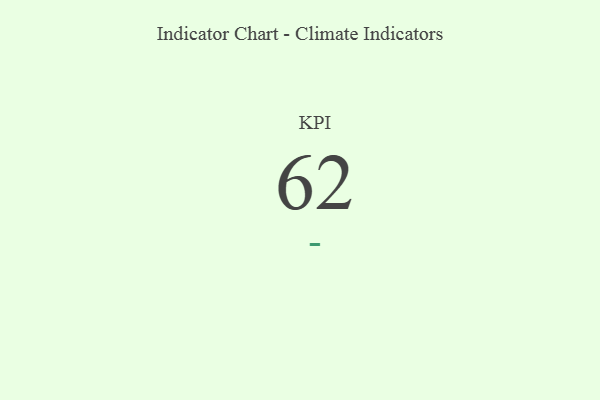
{"axis": {"x": "KPI", "y": "Value"}, "legend": [""], "data": [{"x": "KPI", "y": 62, "type": ""}]}